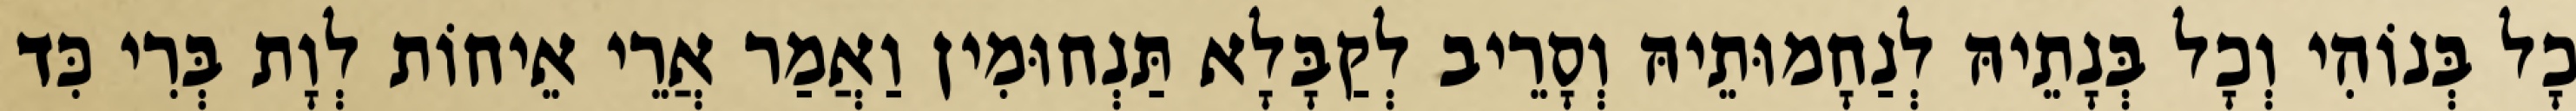
כָל בְּנוֹהִי וְכָל בְּנָתֵיהּ לְנַחָמוּתֵיהּ וְסָרֵיב לְקַבָּלָא תַּנְחוּמִין וַאֲמַר אֲרֵי אֵיחוֹת לְוָת בְּרִי כִּד